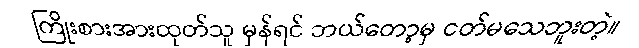
ကြိုးစားအားထုတ်သူ မှန်ရင် ဘယ်တော့မှ ငတ်မသေဘူးတဲ့။